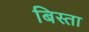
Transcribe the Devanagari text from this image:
बिस्ता